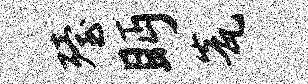
殪眄瓮